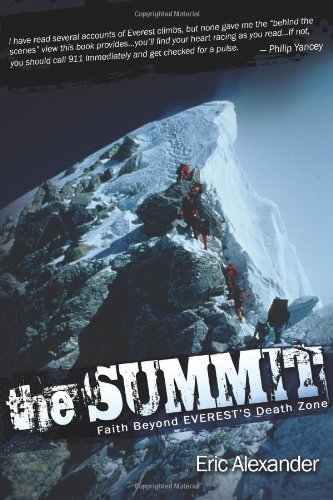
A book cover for The Summit; Eric Alexander; Biographies & Memoirs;